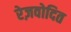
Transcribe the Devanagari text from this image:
रेज़वोदित